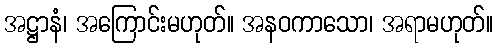
အဋ္ဌာနံ၊ အကြောင်းမဟုတ်။ အနဝကာသော၊ အရာမဟုတ်။